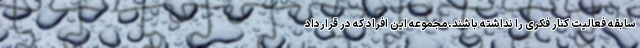
سابقه فعالیت کنار فکری را نداشته باشند.مجموعه این افراد که در قرارداد